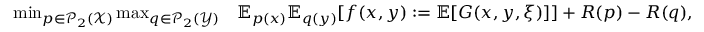
\begin{array} { r l } { \operatorname* { m i n } _ { p \in \mathcal { P } _ { 2 } ( \mathcal { X } ) } \operatorname* { m a x } _ { q \in \mathcal { P } _ { 2 } ( \mathcal { Y } ) } } & { \mathbb { E } _ { p ( x ) } \mathbb { E } _ { q ( y ) } [ f ( x , y ) : = \mathbb { E } [ G ( x , y , \xi ) ] ] + { \cal R } ( p ) - { \cal R } ( q ) , } \end{array}